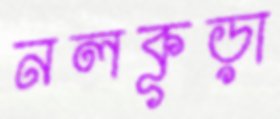
নলকূড়া